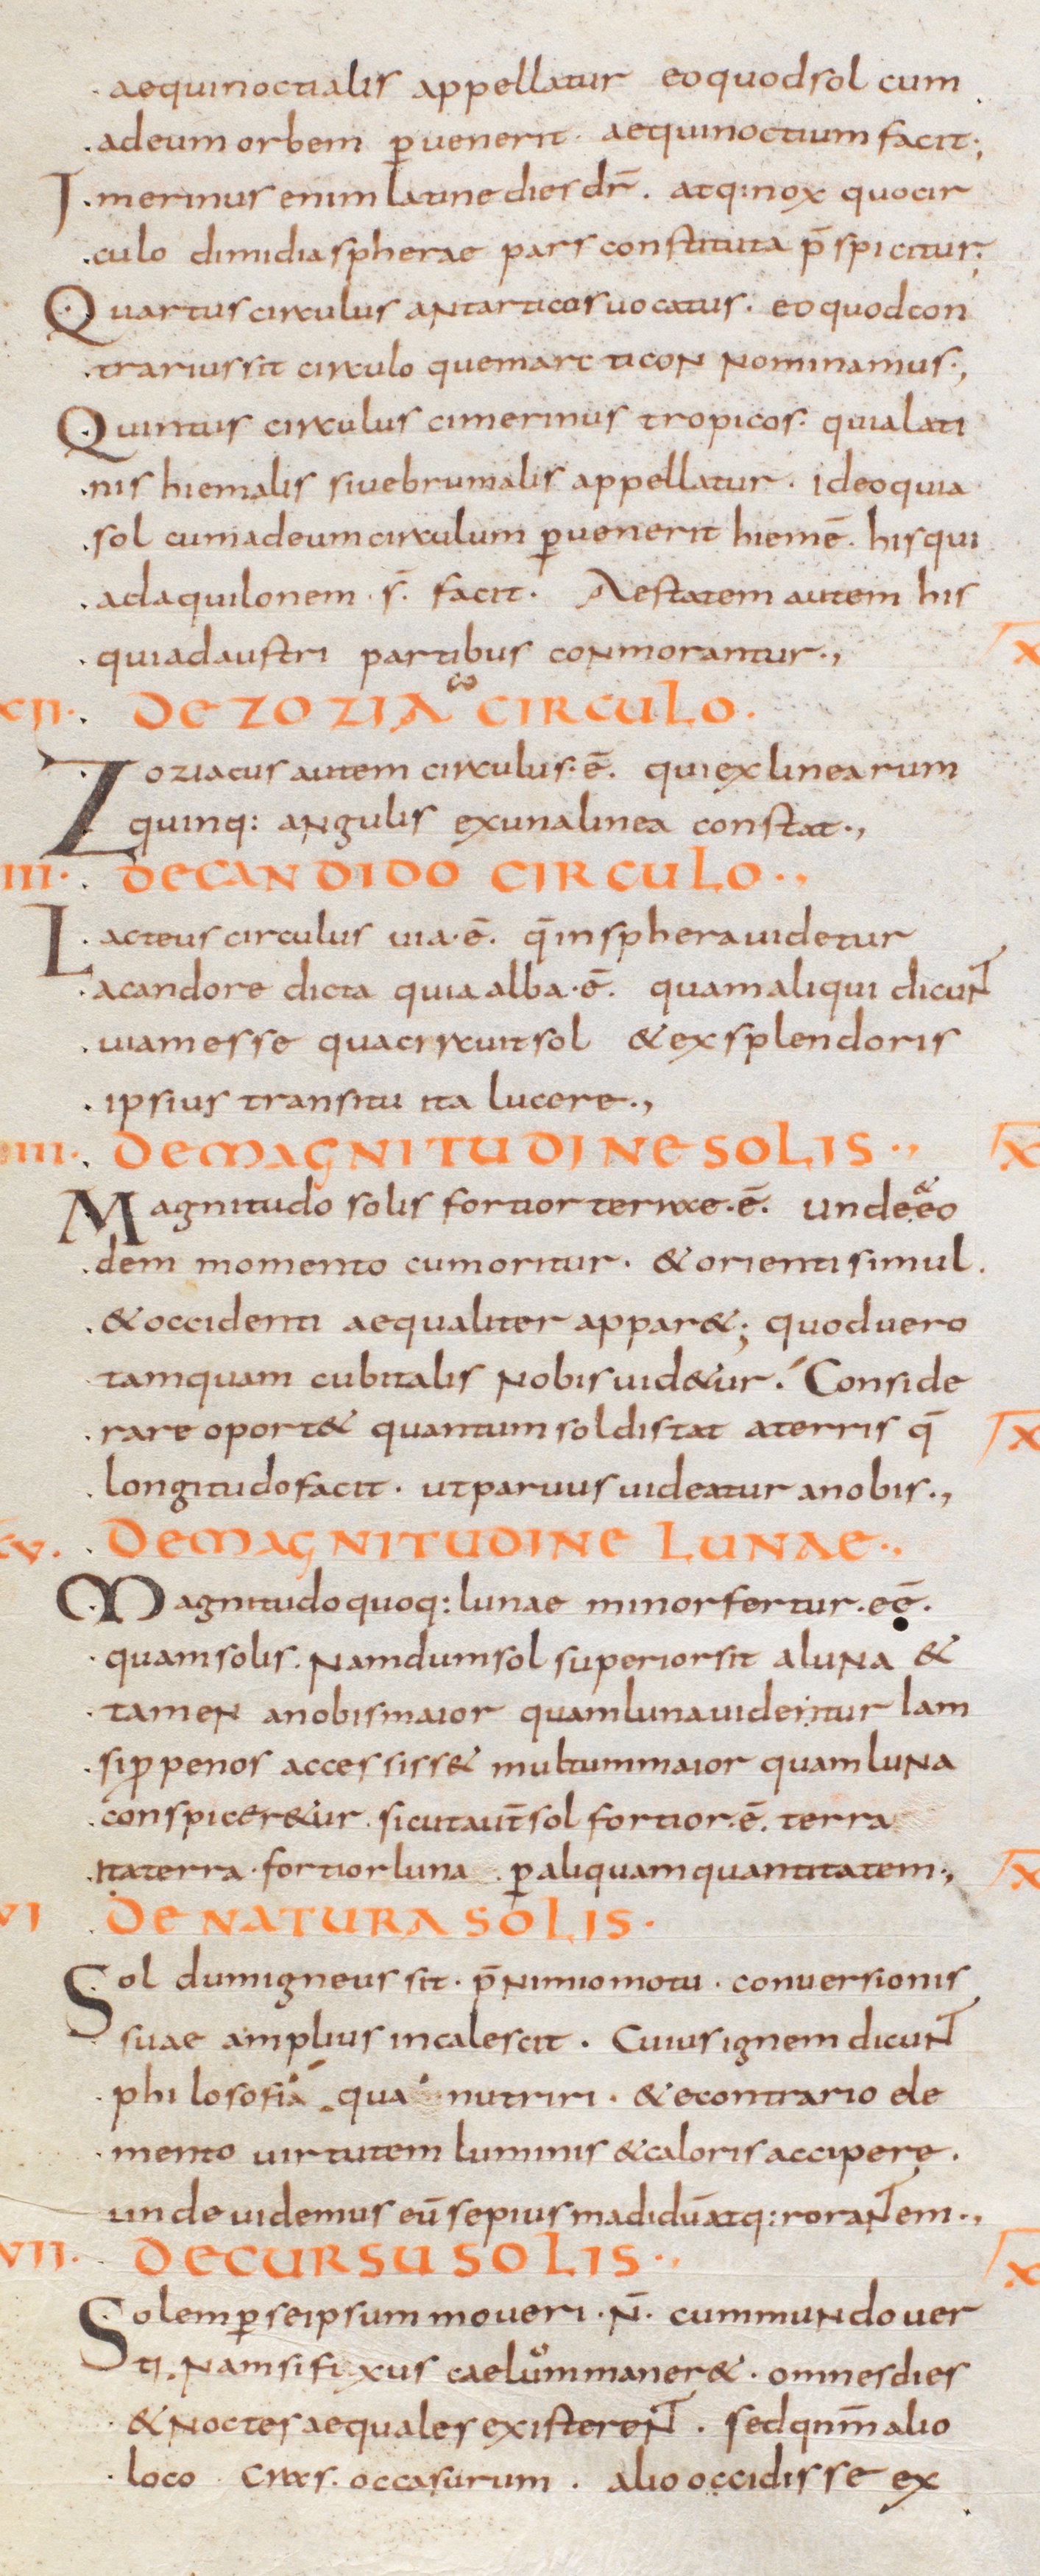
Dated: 800–829